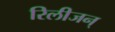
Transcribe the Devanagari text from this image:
रिलीजन्